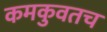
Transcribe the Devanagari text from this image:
कमकुवतच